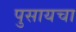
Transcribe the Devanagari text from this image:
पुसायचा